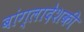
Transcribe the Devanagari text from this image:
बांग्लादेशकी